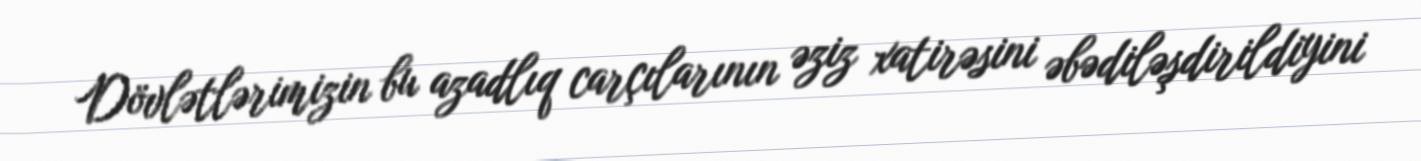
Dövlətlərimizin bu azadlıq carçılarının əziz xatirəsini əbədiləşdirildiyini